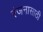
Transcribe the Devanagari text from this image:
रंजनासाठी